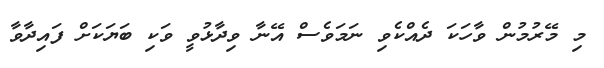
މި މޭރުމުން ވާހަކަ ދެއްކެވި ނަމަވެސް އޭނާ ވިދާޅުވީ ވަކި ބަޔަކަށް ފައިދާވާ